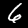
Label: 6